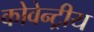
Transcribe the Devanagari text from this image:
कोवेन्ट्रीय